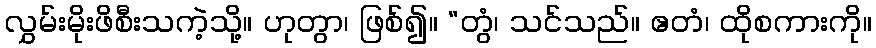
လွှမ်းမိုးဖိစီးသကဲ့သို့။ ဟုတွာ၊ ဖြစ်၍။ “တွံ၊ သင်သည်။ ဧတံ၊ ထိုစကားကို။